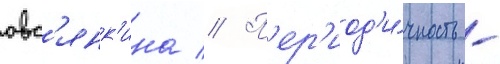
овс'янк'ина // П'ер'иод'и́чность -